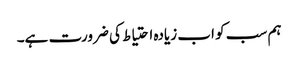
ہم سب کو اب زیادہ احتیاط کی ضرورت ہے۔